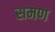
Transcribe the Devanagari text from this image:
समण